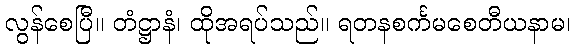
လွန်စေပြီ။ တံဋ္ဌာနံ၊ ထိုအရပ်သည်။ ရတနစင်္ကမစေတီယနာမ၊